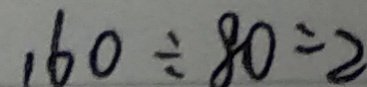
1 6 0 \div 8 0 = 2